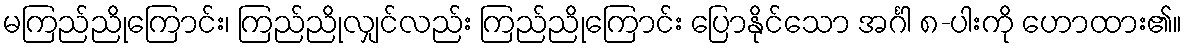
မကြည်ညိုကြောင်း၊ ကြည်ညိုလျှင်လည်း ကြည်ညိုကြောင်း ပြောနိုင်သော အင်္ဂါ ၈-ပါးကို ဟောထား၏။